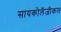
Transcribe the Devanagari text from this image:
सायकोलॅजीकल